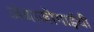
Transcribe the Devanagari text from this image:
अंबाजोगाईची